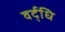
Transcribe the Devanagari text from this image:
वर्द्धि